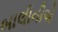
બાલીનીએ